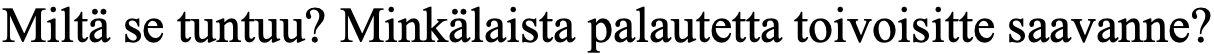
Miltä se tuntuu? Minkälaista palautetta toivoisitte saavanne?